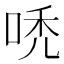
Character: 𠳶